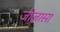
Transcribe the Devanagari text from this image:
जीज्ञासा